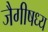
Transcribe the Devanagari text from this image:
जैगीषध्य